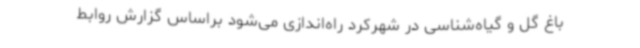
باغ گل و گیاه‌شناسی در شهرکرد راه‌اندازی می‌شود براساس گزارش روابط